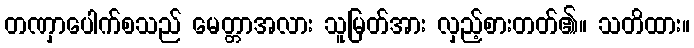
တဏှာပေါက်စသည် မေတ္တာအလား သူမြတ်အား လှည့်စားတတ်၏။ သတိထား။